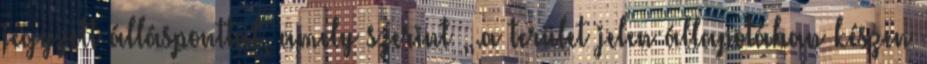
jegyzett állásponttal, amely szerint „.a terület jelen állapotában készen